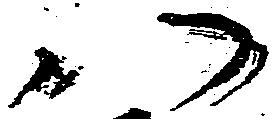
八